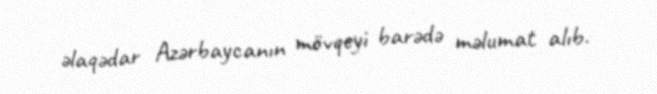
əlaqədar Azərbaycanın mövqeyi barədə məlumat alıb.